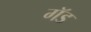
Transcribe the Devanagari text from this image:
गॅड